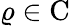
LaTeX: \varrho\in\mathrm{C}